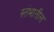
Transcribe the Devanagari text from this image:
स्तंभातील